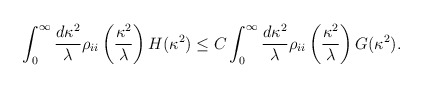
\begin{align*}\int_0 ^\infty \frac{d \kappa^2}{\lambda} \rho_{ii}\left( \frac{\kappa^2}{\lambda} \right)H(\kappa^2) \leq C \int_0 ^\infty \frac{d\kappa^2}{\lambda} \rho_{ii}\left(\frac{\kappa^2}{\lambda}\right) G(\kappa^2).\end{align*}